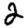
Digit: 2